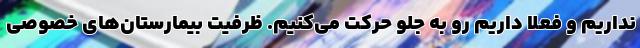
نداریم و فعلا داریم رو به جلو حرکت می‌کنیم. ظرفیت بیمارستان‌های خصوصی